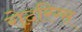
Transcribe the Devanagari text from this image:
रोदरिग्स